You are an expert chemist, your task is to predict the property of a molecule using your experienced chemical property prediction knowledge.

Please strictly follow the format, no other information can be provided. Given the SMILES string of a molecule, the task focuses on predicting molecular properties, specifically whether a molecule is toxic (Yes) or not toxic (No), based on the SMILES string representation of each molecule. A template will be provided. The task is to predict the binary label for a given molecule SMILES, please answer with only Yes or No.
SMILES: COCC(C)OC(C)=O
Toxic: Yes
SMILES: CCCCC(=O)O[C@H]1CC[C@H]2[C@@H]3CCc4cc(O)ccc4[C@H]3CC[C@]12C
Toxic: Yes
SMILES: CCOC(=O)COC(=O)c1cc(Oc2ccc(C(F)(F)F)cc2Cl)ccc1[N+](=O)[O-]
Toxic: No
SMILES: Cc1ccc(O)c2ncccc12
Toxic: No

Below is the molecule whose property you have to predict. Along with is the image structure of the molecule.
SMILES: Nc1ccc(C(=O)N2CC3CC(CN(Cc4ccccc4)C3)C2)cc1
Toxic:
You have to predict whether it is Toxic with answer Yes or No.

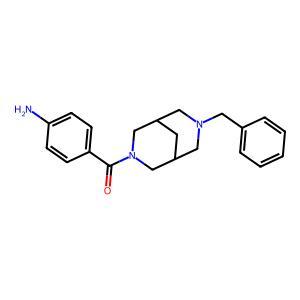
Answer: No